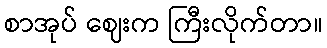
စာအုပ် ဈေးက ကြီးလိုက်တာ။